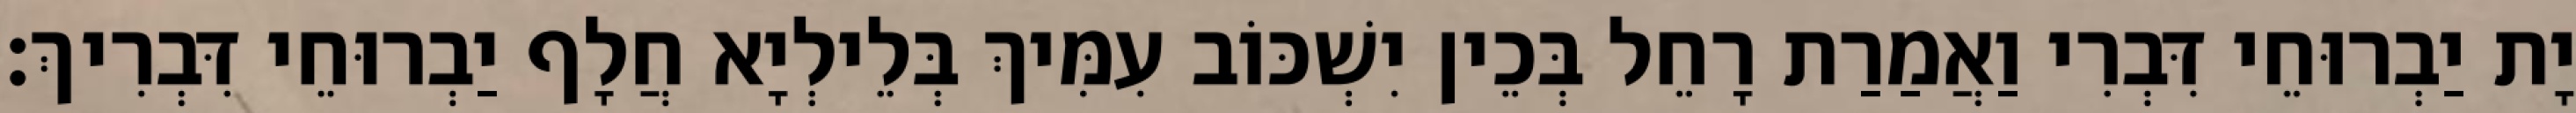
יָת יַבְרוּחֵי דִּבְרִי וַאֲמַרַת רָחֵל בְּכֵין יִשְׁכּוֹב עִמִּיךְ בְּלֵילְיָא חֲלָף יַבְרוּחֵי דִּבְרִיךְ׃